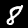
Digit: 8